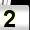
Digit: 2